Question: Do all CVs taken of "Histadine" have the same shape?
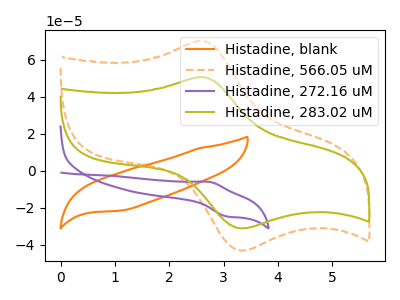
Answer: <think>The orange curve "Histadine, blank" has no peaks. The orange dashed curve "Histadine, 566.05 uM" has an anodic peak at (2.60V, 70.35uA) and a cathodic peak at (3.30V, -43.25uA). The purple curve "Histadine, 272.16 uM" has an anodic peak at (2.75V, -6.00uA) and a cathodic peak at (3.05V, -24.70uA). The olive curve "Histadine, 283.02 uM" has an anodic peak at (2.60V, 50.70uA) and a cathodic peak at (3.30V, -31.15uA).
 "Histadine, blank" and "Histadine, 566.05 uM" have a different number of peaks. "Histadine, blank" and "Histadine, 272.16 uM" have a different number of peaks. "Histadine, blank" and "Histadine, 283.02 uM" have a different number of peaks. "Histadine, 566.05 uM" and "Histadine, 272.16 uM" have at least one peak that do not match. All the peaks in "Histadine, 566.05 uM" have a peak in "Histadine, 283.02 uM" at the same potential. Every peak in "Histadine, 566.05 uM" is higher than every peak in "Histadine, 283.02 uM". "Histadine, 272.16 uM" and "Histadine, 283.02 uM" have at least one peak that do not match.</think>
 <answer>All the CV's of "Histadine" have similar shape.</answer>
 <eval>follow_rule</eval>